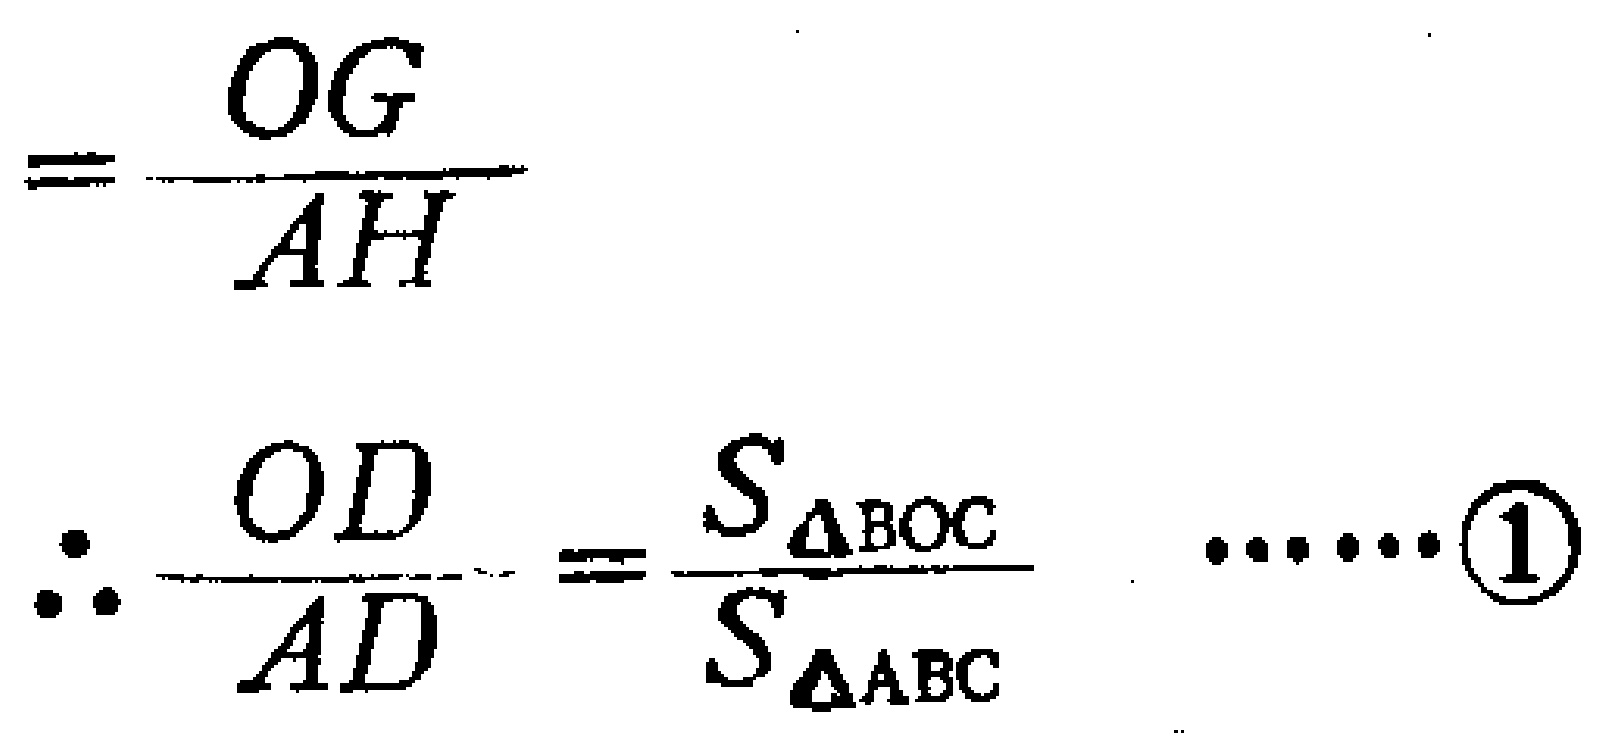
\[
= \frac{OG}{AH}
\]
\[
\therefore \frac{OD}{AD} = \frac{S_{\triangle BOC}}{S_{\triangle ABC}} \quad \cdots\cdots\textcircled{1}
\]